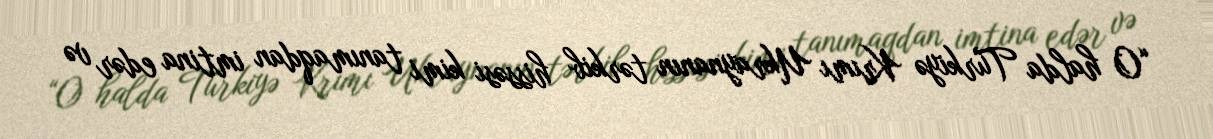
“O halda Türkiyə Krımı Ukraynanın tərkib hissəsi kimi tanımaqdan imtina edər və